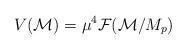
LaTeX: \begin{align*}V({\cal M}) = \mu^4 {\cal F}({\cal M}/M_p)\end{align*}